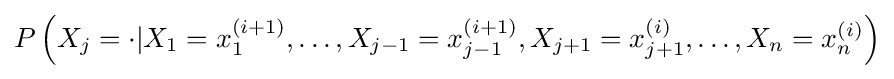
P\left(X_{j}=\cdot |X_{1}=x_{1}^{(i+1)},\dots ,X_{j-1}=x_{j-1}^{(i+1)},X_{j+1}=x_{j+1}^{(i)},\dots ,X_{n}=x_{n}^{(i)}\right)